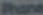
Phone